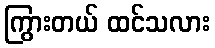
ကြွားတယ် ထင်သလား